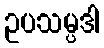
ဥပသမ္ပဒါ